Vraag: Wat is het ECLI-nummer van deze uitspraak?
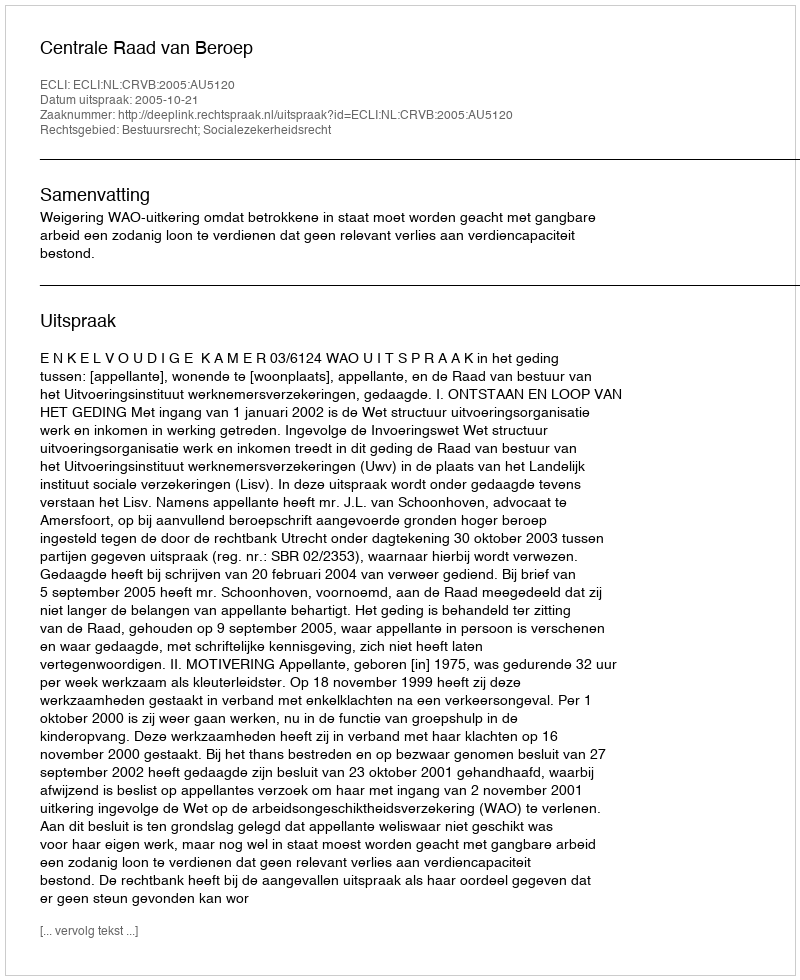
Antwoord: ECLI:NL:CRVB:2005:AU5120